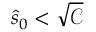
\hat { s } _ { 0 } < \sqrt { \mathcal { C } }